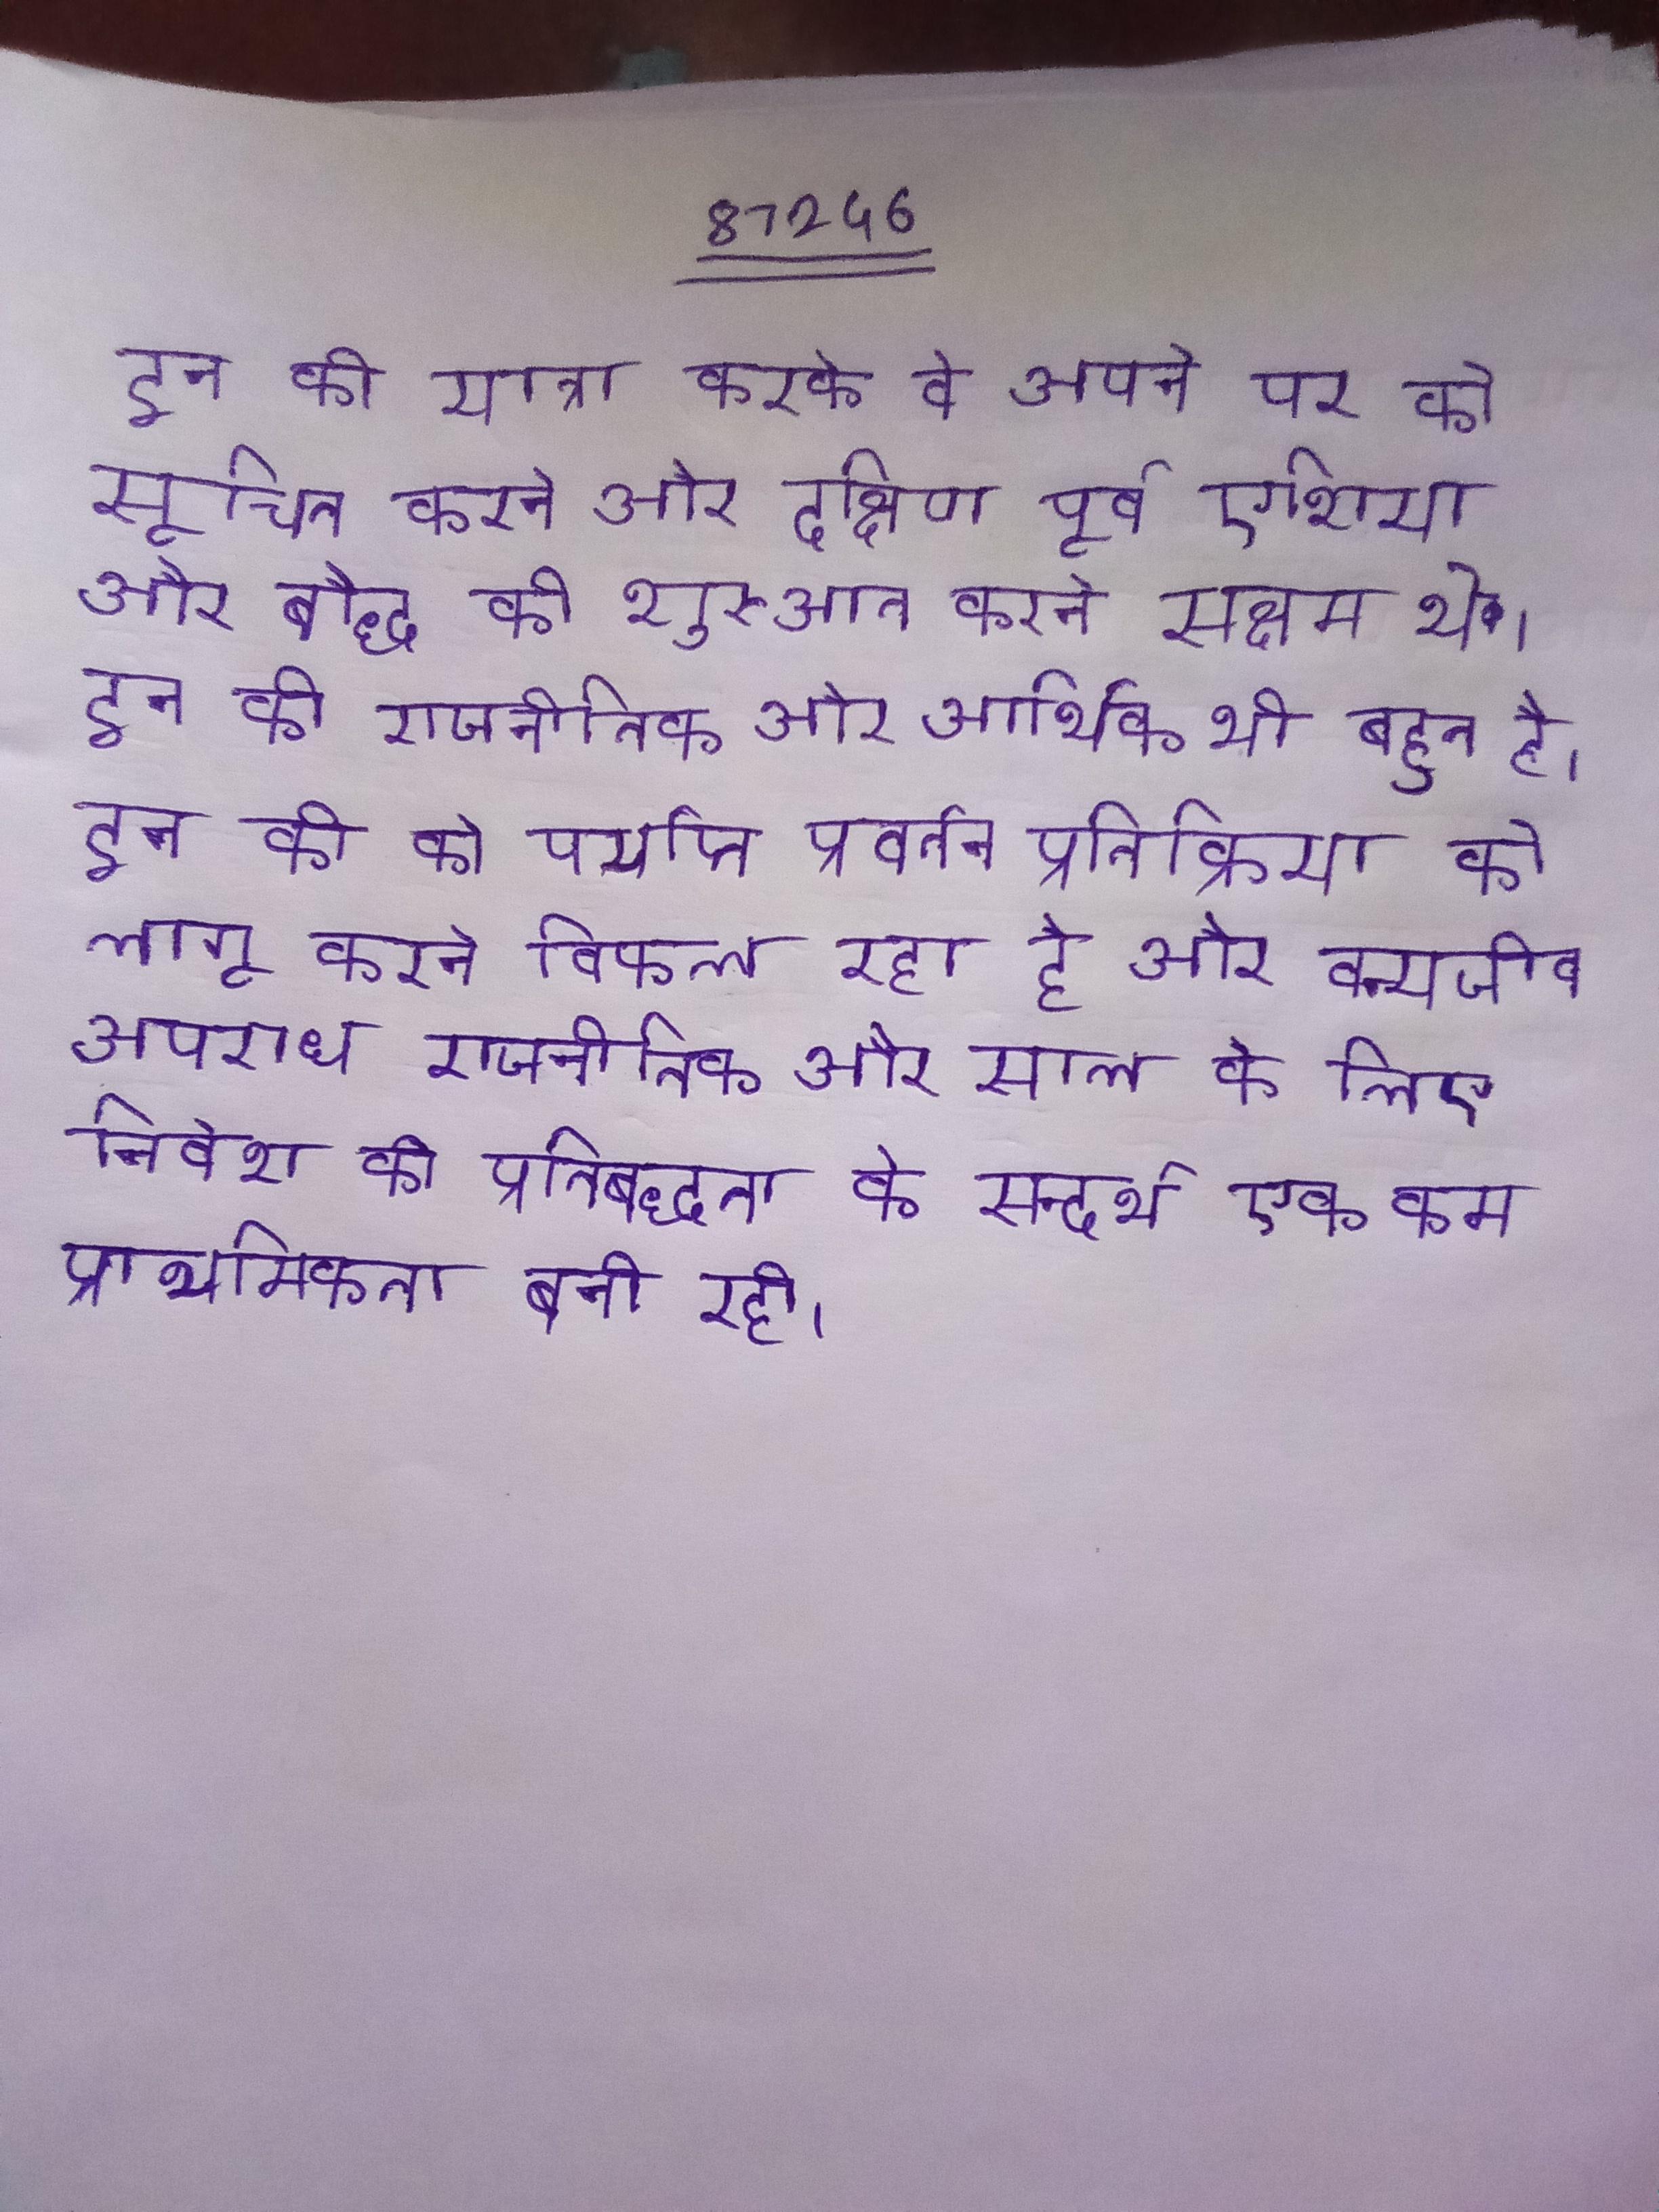
इन की यात्रा करके वे अपने पर को सूचित करने और दक्षिण पूर्व एशिया और बौद्ध की शुरुआत करने सक्षम थे । इन की राजनीतिक और आर्थिक भी बहुत है । इन की को पर्याप्त प्रवर्तन प्रतिक्रिया को लागू करने विफल रहा है और वन्यजीव अपराध राजनीतिक और साल के लिए निवेश की प्रतिबद्धता के सन्दर्भ एक कम प्राथमिकता बनी रही ।